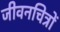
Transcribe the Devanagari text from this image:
जीवनचित्रों